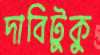
দাবিটুকু